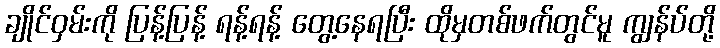
ချိုင်ဝှမ်းကို ပြန့်ပြန့် ရန့်ရန့် တွေ့နေရပြီး ထိုမှတစ်ဖက်တွင်မူ ကျွန်ပ်တို့